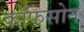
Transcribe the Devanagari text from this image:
काँफेसोन